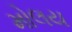
મોલય